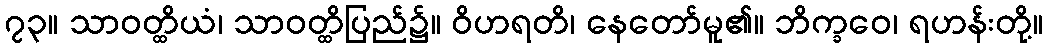
၇၃။ သာဝတ္ထိယံ၊ သာဝတ္ထိပြည်၌။ ဝိဟရတိ၊ နေတော်မူ၏။ ဘိက္ခဝေ၊ ရဟန်းတို့။